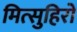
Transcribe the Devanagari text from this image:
मित्सुहिरो